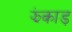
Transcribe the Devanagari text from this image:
झंकाड़